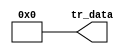
module nios_system_nios2_qsys_0_cpu_nios2_oci_pib (
                                                     tr_data
                                                  )
;
  output  [ 35: 0] tr_data;
  wire    [ 35: 0] tr_data;
  assign tr_data = 0;
endmodule